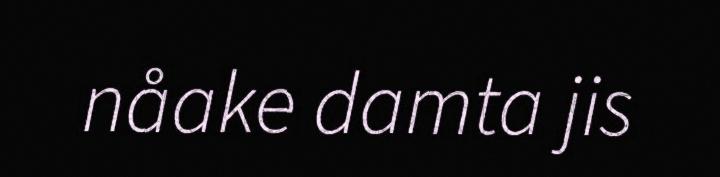
nåake damta jis